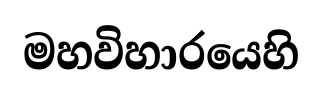
මහවිහාරයෙහි